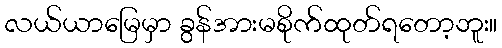
လယ်ယာမြေမှာ ခွန်အားမစိုက်ထုတ်ရတော့ဘူး။